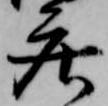
庄